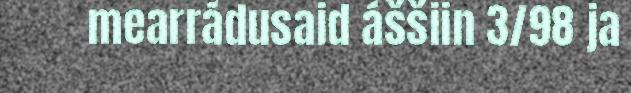
mearrádusaid áššiin 3/98 ja